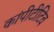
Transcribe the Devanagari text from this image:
कांपीटीटिव